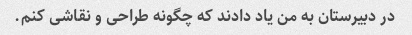
در دبیرستان به من یاد دادند که چگونه طراحی و نقاشی کنم.